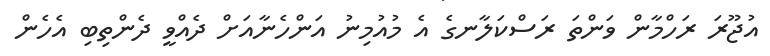
އުޖޫރަ ރަހްމާން ވަންތަ ރަސްކަލާނގެ އެ މުއުމިނު އަންހެނާއަށް ދެއްވީ ދެންތިބި އެހެން